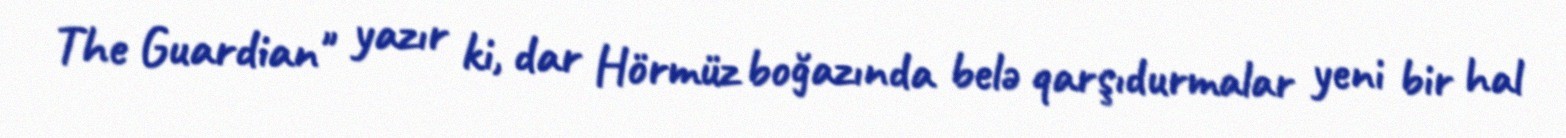
The Guardian" yazır ki, dar Hörmüz boğazında belə qarşıdurmalar yeni bir hal